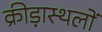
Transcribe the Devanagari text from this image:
क्रीड़ास्थलों